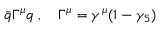
\bar { q } \Gamma ^ { \mu } q \; , \quad \Gamma ^ { \mu } = \gamma ^ { \mu } ( 1 - \gamma _ { 5 } )